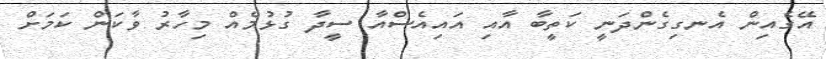
އޭގެއިން އެނގިގެންދަނީ ކަތީބާ އާއި އައިއެސްއާ ސީދާ ގުޅުމެއް މިހާރު ވާކަން ކަމަށް